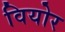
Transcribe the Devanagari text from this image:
वियोर